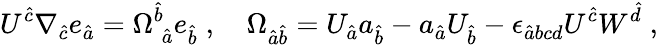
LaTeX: U^{\hat{c}}\nabla_{\hat{c}}e_{\hat{a}}={\Omega}_{\; \hat{a}}^{\hat{b}}e_{\hat{b}}\; ,\quad{\Omega}_{\hat{a}\hat{b}}=U_{\hat{a}}a_{\hat{b}}-a_{\hat{a}}U_{\hat{b}}-{\epsilon}_{\hat{a}bcd}U^{\hat{c}}W^{\hat{d}}\; ,